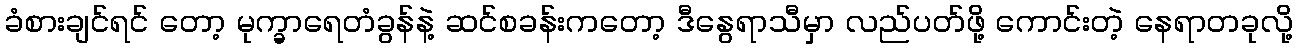
ခံစားချင်ရင် တော့ မုက္ခာရေတံခွန်နဲ့ ဆင်စခန်းကတော့ ဒီနွေရာသီမှာ လည်ပတ်ဖို့ ကောင်းတဲ့ နေရာတခုလို့